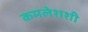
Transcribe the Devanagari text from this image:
कमलेशशी